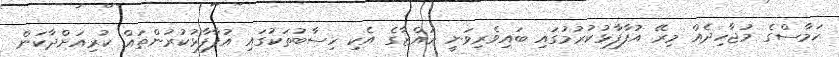
ހަމާސްގެ މުޖާހިދެއް މިރޭ އުފާފާޅުކުރުމުގައި ބައިވެރިވަނީ ޣައްޒާގެ އެކި ހިސާބުތަކުގައި އުފާފާޅުކުރުންތައް ކުރިއަށްދާކަން